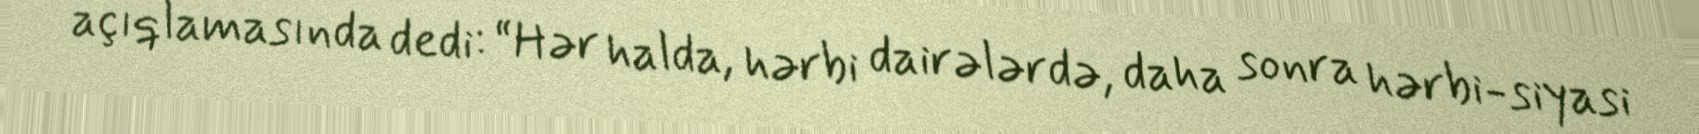
açıqlamasında dedi: “Hər halda, hərbi dairələrdə, daha sonra hərbi-siyasi